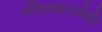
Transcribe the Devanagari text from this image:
गणितकारांनीही